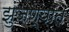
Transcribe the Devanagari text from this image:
झुंजण्यात